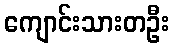
ကျောင်းသားတဦး